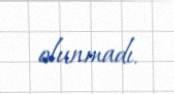
olunmadı.